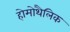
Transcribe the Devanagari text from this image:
होमोथैलिक